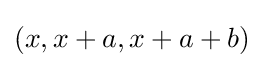
(x,x+a,x+a+b)